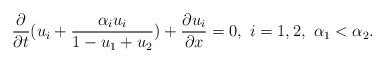
\begin{align*}\frac{\partial}{\partial t}(u_i+\frac{\alpha_i u_i}{1-u_1+u_2})+\frac{\partial u_i}{\partial x}=0, \ i=1, 2, \ \alpha_1<\alpha_2.\end{align*}